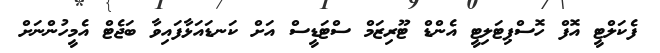
ފެކަލްޓީ އޮފް ހޮސްޕިޓަލިޓީ އެންޑް ޓޫރިޒަމް ސްޓަޑީސް އަށް ކަނޑައަޅާފައިވާ ބަޖެޓް އެމީހުންނަށް